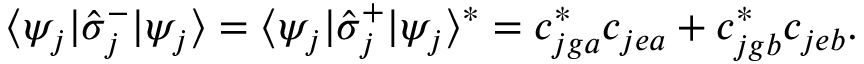
\begin{array} { r } { \langle \psi _ { j } | \hat { \sigma } _ { j } ^ { - } | \psi _ { j } \rangle = \langle \psi _ { j } | \hat { \sigma } _ { j } ^ { + } | \psi _ { j } \rangle ^ { * } = c _ { j g a } ^ { * } c _ { j e a } + c _ { j g b } ^ { * } c _ { j e b } . } \end{array}